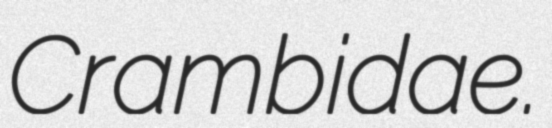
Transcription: Crambidae.